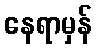
နေရာမှန်